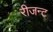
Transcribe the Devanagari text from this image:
रीजन्ट